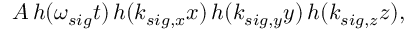
A \, h ( \omega _ { s i g } t ) \, h ( k _ { s i g , x } x ) \, h ( k _ { s i g , y } y ) \, h ( k _ { s i g , z } z ) ,